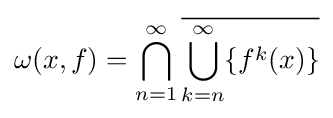
\omega (x,f)=\bigcap _{n=1}^{\infty }{\overline {\bigcup _{k=n}^{\infty }\{f^{k}(x)\}}}